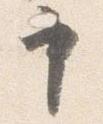
申